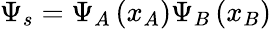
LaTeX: \Psi_{s}=\Psi_{A}\left(x_{A}\right)\Psi_{B}\left(x_{B}\right)